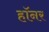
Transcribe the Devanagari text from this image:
हॉनर